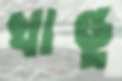
খাণ্ডু